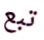
تبع